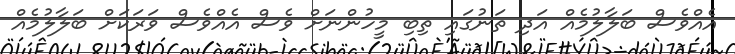
އެއްވެސް ބަލާލުމެއް އަދި ތަނުގައި ތިބި މީހުންނަށް ވެސް އެއްވެސް ވަރަކަށް ބަލާލުމެއް